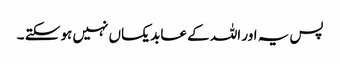
پس یہ اور اللہ کے عابد یکساں نہیں ہو سکتے ۔